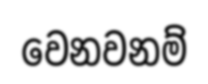
වෙනවනම්